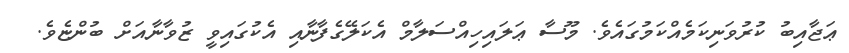
ޢަޖާއިބު ކުރުވަނިކަމެއްކަމުގައެވެ. މޫސާ ޢަލައިހިއްސަލާމް އެކަލޭގެފާނާއި އެކުގައިވީ ޒުވާނާއަށް ބުންޏެވެ.